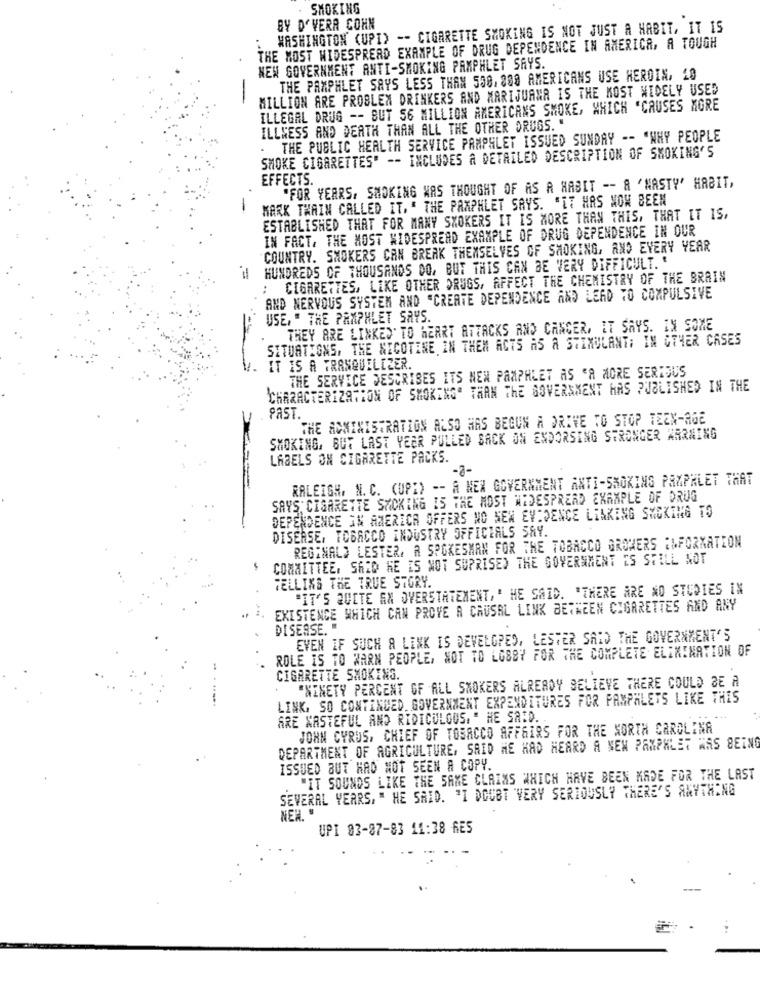
SMOKING
WASHINGTON (UPI> -- CIGARETTE SMOKING IS NOT JUST A HABIT, IT IS
BY D'VERA COHN
THE MOST WIDESPREAD EXAMPLE OF DRUG DEPENDENCE IN AMERICA, A TOUGH
NEW GOVERNMENT ANTI-SMOKING PAMPHLET SAYS.
THE PAMPHLET SAYS LESS THAN 500. 000 AMERICANS USE HEROIN, 10
MILLION ARE PROBLEM DRINKERS AND MARIJUANA IS THE MOST WIDELY USED
-
ILLEGAL DRUG -- BUT 56 MILLION AMERICANS SMOKE, WHICH "CAUSES MORE
ILLNESS AND DEATH THAN ALL THE OTHER DRUGS. "
THE PUBLIC HEALTH SERVICE PAMPHLET ISSUED SUNDAY -- "WHY PEOPLE
.
SMOKE CIGARETTES" -- INCLUDES A DETAILED DESCRIPTION OF SMOKING'S
EFFECTS.
"FOR YEARS, SMOKING WAS THOUGHT OF AS A HABIT -- A 'NASTY' HABIT,
MARK TWAIN CALLED IT, " THE PAMPHLET SAYS. "IT HAS NOW BEEN
-
ESTABLISHED THAT FOR MANY SMOKERS IT IS MORE THAN THIS, THAT IT IS,
IN FACT, THE MOST WIDESPREAD EXAMPLE OF DRUG DEPENDENCE IN OUR
COUNTRY. SMOKERS CAN BREAK THEMSELVES OF SMOKING, AND EVERY YEAR
HUNDREDS OF THOUSANDS DO, BUT THIS CAN BE VERY DIFFICULT. '
CIGARETTES, LIKE OTHER DRUGS, AFFECT THE CHEMISTRY OF THE BRAIN
AND NERVOUS SYSTEM AND "CREATE DEPENDENCE AND LEAD TO COMPULSIVE
USE, " THE PAMPHLET SAYS.
THEY ARE LINKED TO HEART ATTACKS AND CANCER, IT SAYS. IN SOME
SITUATIONS, THE NICOTINE IN THEM ACTS AS A STIMULANT; IN OTHER CASES
IT IS A TRANQUILIZER.
THE SERVICE DESCRISES ITS NEW PAMPHLET AS "A MORE SERIOUS
CHARACTERIZATION OF SMOKING" THAN THE GOVERNMENT HAS PUBLISHED IN THE
PAST.
THE ADMINISTRATION ALSO HAS BEGUN A DRIVE TO STOP TEEN-AGE
SMOKING, BUT LAST YEAR PULLED BACK ON ENDORSING STRONGER WARNING
LABELS ON CIGARETTE PACKS.
-7-
RALEIGH. N. C. (UP;) -- A NEW GOVERNMENT ANTI-SMOKING PAMPHLET THAT
SAYS: CIGARETTE SMOKING IS THE MOST WIDESPREAD EXAMPLE OF DRUG
DEPENDENCE IN AMERICA OFFERS NO NEW EVIDENCE LINKING SMOKING TO
DISEASE, TOBACCO INDUSTRY OFFICIALS SAY.
REGINALD LESTER, A SPOKESMAN FOR THE TOBACCO GROWERS :LFORMATION
COMMITTEE, SAID HE IS NOT SUPRISED THE GOVERNMENT IS STILL NOT
TELLING THE TRUE STORY.
"IT'S QUITE EN OVERSTATEMENT, " HE SAID. "THERE ARE NO STUDIES IN
EXISTENCE WHICH CAN PROVE A CAUSAL LINK BETWEEN CIGARETTES AND ANY
DISEASE. "
EVEN IF SUCH A LINK IS DEVELOPED, LESTER SAID THE GOVERNMENT'S
ROLE IS TO WARN PEOPLE, NOT TO LOBBY FOR THE COMPLETE ELIMINATION OF
CIGARETTE SMOKING.
"NINETY PERCENT OF ALL SMOKERS ALREADY BELIEVE THERE COULD BE A
.......
LINK, SO CONTINUED. GOVERNMENT EXPENDITURES FOR PAMPHLETS LIKE THIS
ARE WASTEFUL AND RIDICULOUS. " HE SAID.
JOHN CYRUS, CHIEF OF TOBACCO AFFAIRS FOR THE NORTH CAROLINA
DEPARTMENT OF AGRICULTURE, SAID HE HAD HEARD A NEM PAMPHLET WAS BEING
ISSUED BUT HAD NOT SEEN A COPY.
"IT SOUNDS LIKE THE SAME CLAIMS WHICH HAVE BEEN MADE FOR THE LAST
SEVERAL YEARS, " HE SAID. "I DOUBT 'VERY SERIOUSLY THERE'S ANYTHING
NEH. "
UPI 03-87-83 11:38 RES